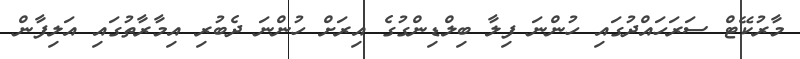
މާރުކޭޓް ސަރަހައްދުގައި ހުންނަ ފިލާ ބިލްޑިންގުގެ އިރަށް ހުންނަ ދެބުރި އިމާރާތުގައި އަލިފާން